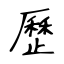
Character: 歷